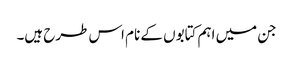
جن میں اہم کتابوں کے نام اس طرح ہیں۔